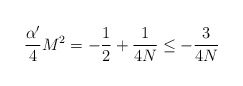
\begin{align*}\frac{\alpha'}4 M^2 = -\frac12+\frac1{4N} \le -\frac3{4N}\end{align*}